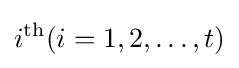
i^{\text{th}}(i=1,2,\ldots ,t)